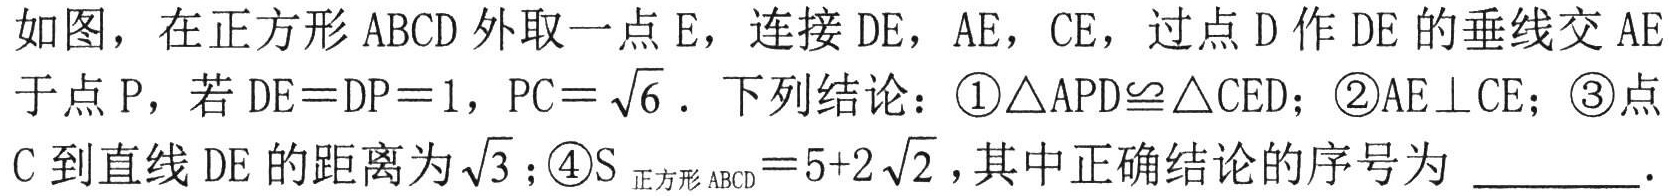
如图，在正方形 \(ABCD\) 外取一点 \(E\)，连接 \(DE\)，\(AE\)，\(CE\)，过点 \(D\) 作 \(DE\) 的垂线交 \(AE\) 于点 \(P\)，若 \(DE = DP = 1\)，\(PC=\sqrt{6}\)．下列结论：\textcircled{1}\(\triangle APD\cong\triangle CED\)；\textcircled{2}\(AE\perp CE\)；\textcircled{3}点 \(C\) 到直线 \(DE\) 的距离为 \(\sqrt{3}\)；\textcircled{4}\(S_{\text{正方形}ABCD}=5 + 2\sqrt{2}\)，其中正确结论的序号为 _________．